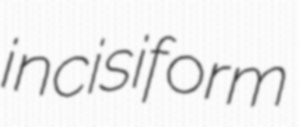
incisiform